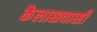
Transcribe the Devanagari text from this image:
कैलासवासी